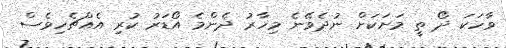
ވާހަކަ ދޯ ތީ މަށަކަށް ނުދެވޭނެ މިހާރު ދެންމެ އޯޑަރު ކުރި އެއްޗެހިވެސް